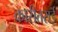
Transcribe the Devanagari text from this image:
कारीतराई